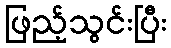
ဖြည့်သွင်းပြီး